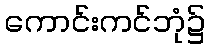
ကောင်းကင်ဘုံ၌